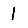
Digit: 1